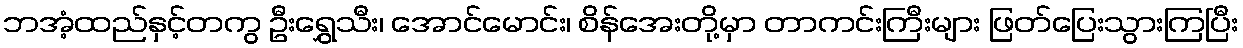
ဘအံ့ထည်နှင့်တကွ ဦးရွှေသီး၊ အောင်မောင်း၊ စိန်အေးတို့မှာ တာကင်းကြီးများ ဖြတ်ပြေးသွားကြပြီး